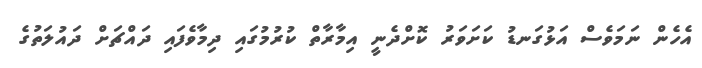
އެހެން ނަމަވެސް އަޅުގަނޑު ކަށަވަރު ކޮށްދެނީ އިމާރާތް ކުރުމުގައި ދިމާވެފައި ދައްޗަށް ދައުލަތުގެ